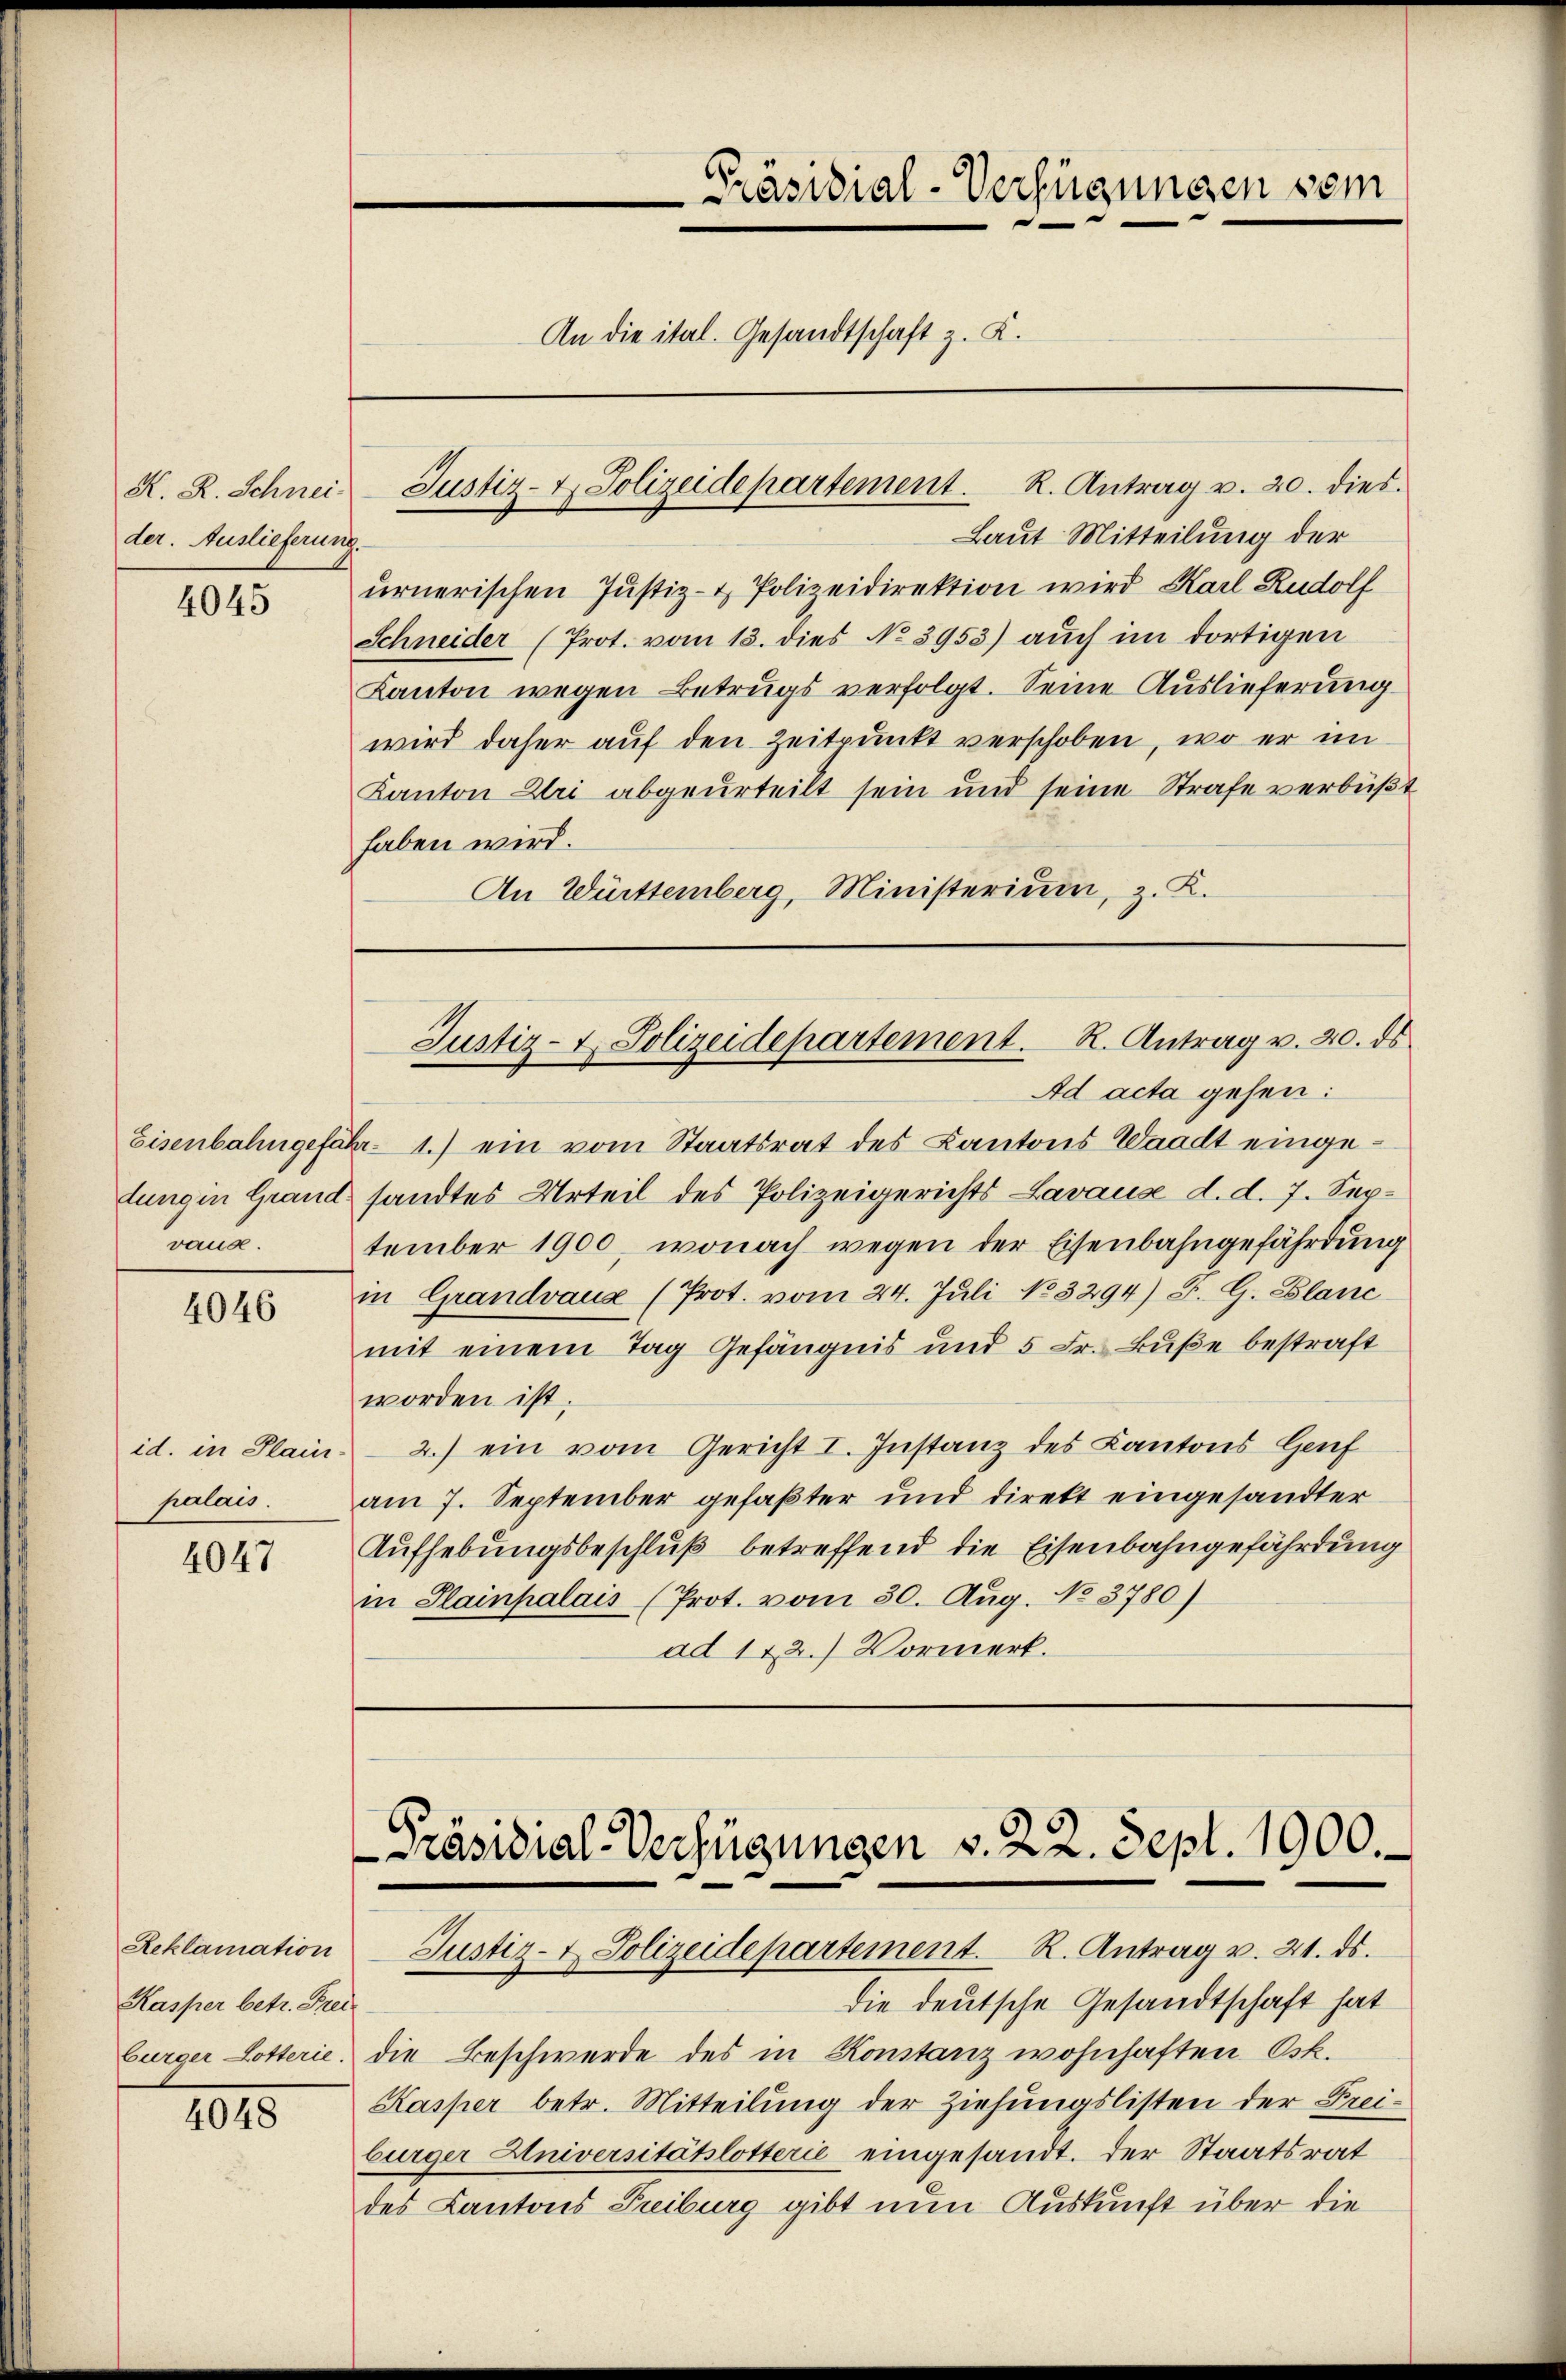
K. R. Schnei
der. Auslieferung.

4045

dung in Grand.
vaus.

4046

id. in Plain
palais.

4047

Reklamation
Kasper betr. Freibürger Lotterie.

4048

Laut Mitteilung der
urnerischen Justiz- & Polizeidirektion wird Karl Rudolf
Schneider (Prot. vom 13. dies No. 3953) auch im dortigen
Kanton wegen Betrugs verfolgt. Seine Auslieferung
wird daher auf den Zeitpunkt verschoben, wo er im
Kanton Uri abgeurteilt sein und seine Strafe verbüßt
haben wird.
An Württemberg, Ministerium, z. K.

Präsidial-Verfügungen sein
An die ital. Gesandtschaft z. K.
Justiz- & Polizeidepartement. R. Antrag u. 20. dies

Ad acta gehen:
Eisenbahngefähr 1.) ein vom Staatsrat des Kantons Waadt eingesandtes Urteil des Polizeigerichts Lavause d. d. 7. September 1900, wonach wegen der Eisenbahngefährdung
in Grandvaux (Prot. vom 24. Juli 183294) F. G. Blanc
mit einem Tag Gefängnis und 5 Fr. Buße bestraft
worden ist.
2.) ein vom Gericht I. Instanz des Kantons Genf
am 7. September gefaßter und direkt eingesandter
Aufhebungsbeschluß betreffend die Eisenbahngefährdung
in Plainpalais (Prot. vom 30. Aug. No 3780)
ad 112.) Vormerk.

Justiz- & Polizeidepartement. R. Antrag v. 20. ds

Präsidial-Verfügungen v. 22. Sept. 1900.

Justiz- & Polizeidepartement. R. Antrag v. 21. ds.
die deutsche Gesandtschaft hat
die Beschwerde des in Konstanz wohnhaften Osk.
Kasper betr. Mitteilung der Ziehungslisten der Frei-
bürger Universitätslotterie eingesandt. Der Staatsrat
des Cantons Treiburg gibt nun Auskunft über die